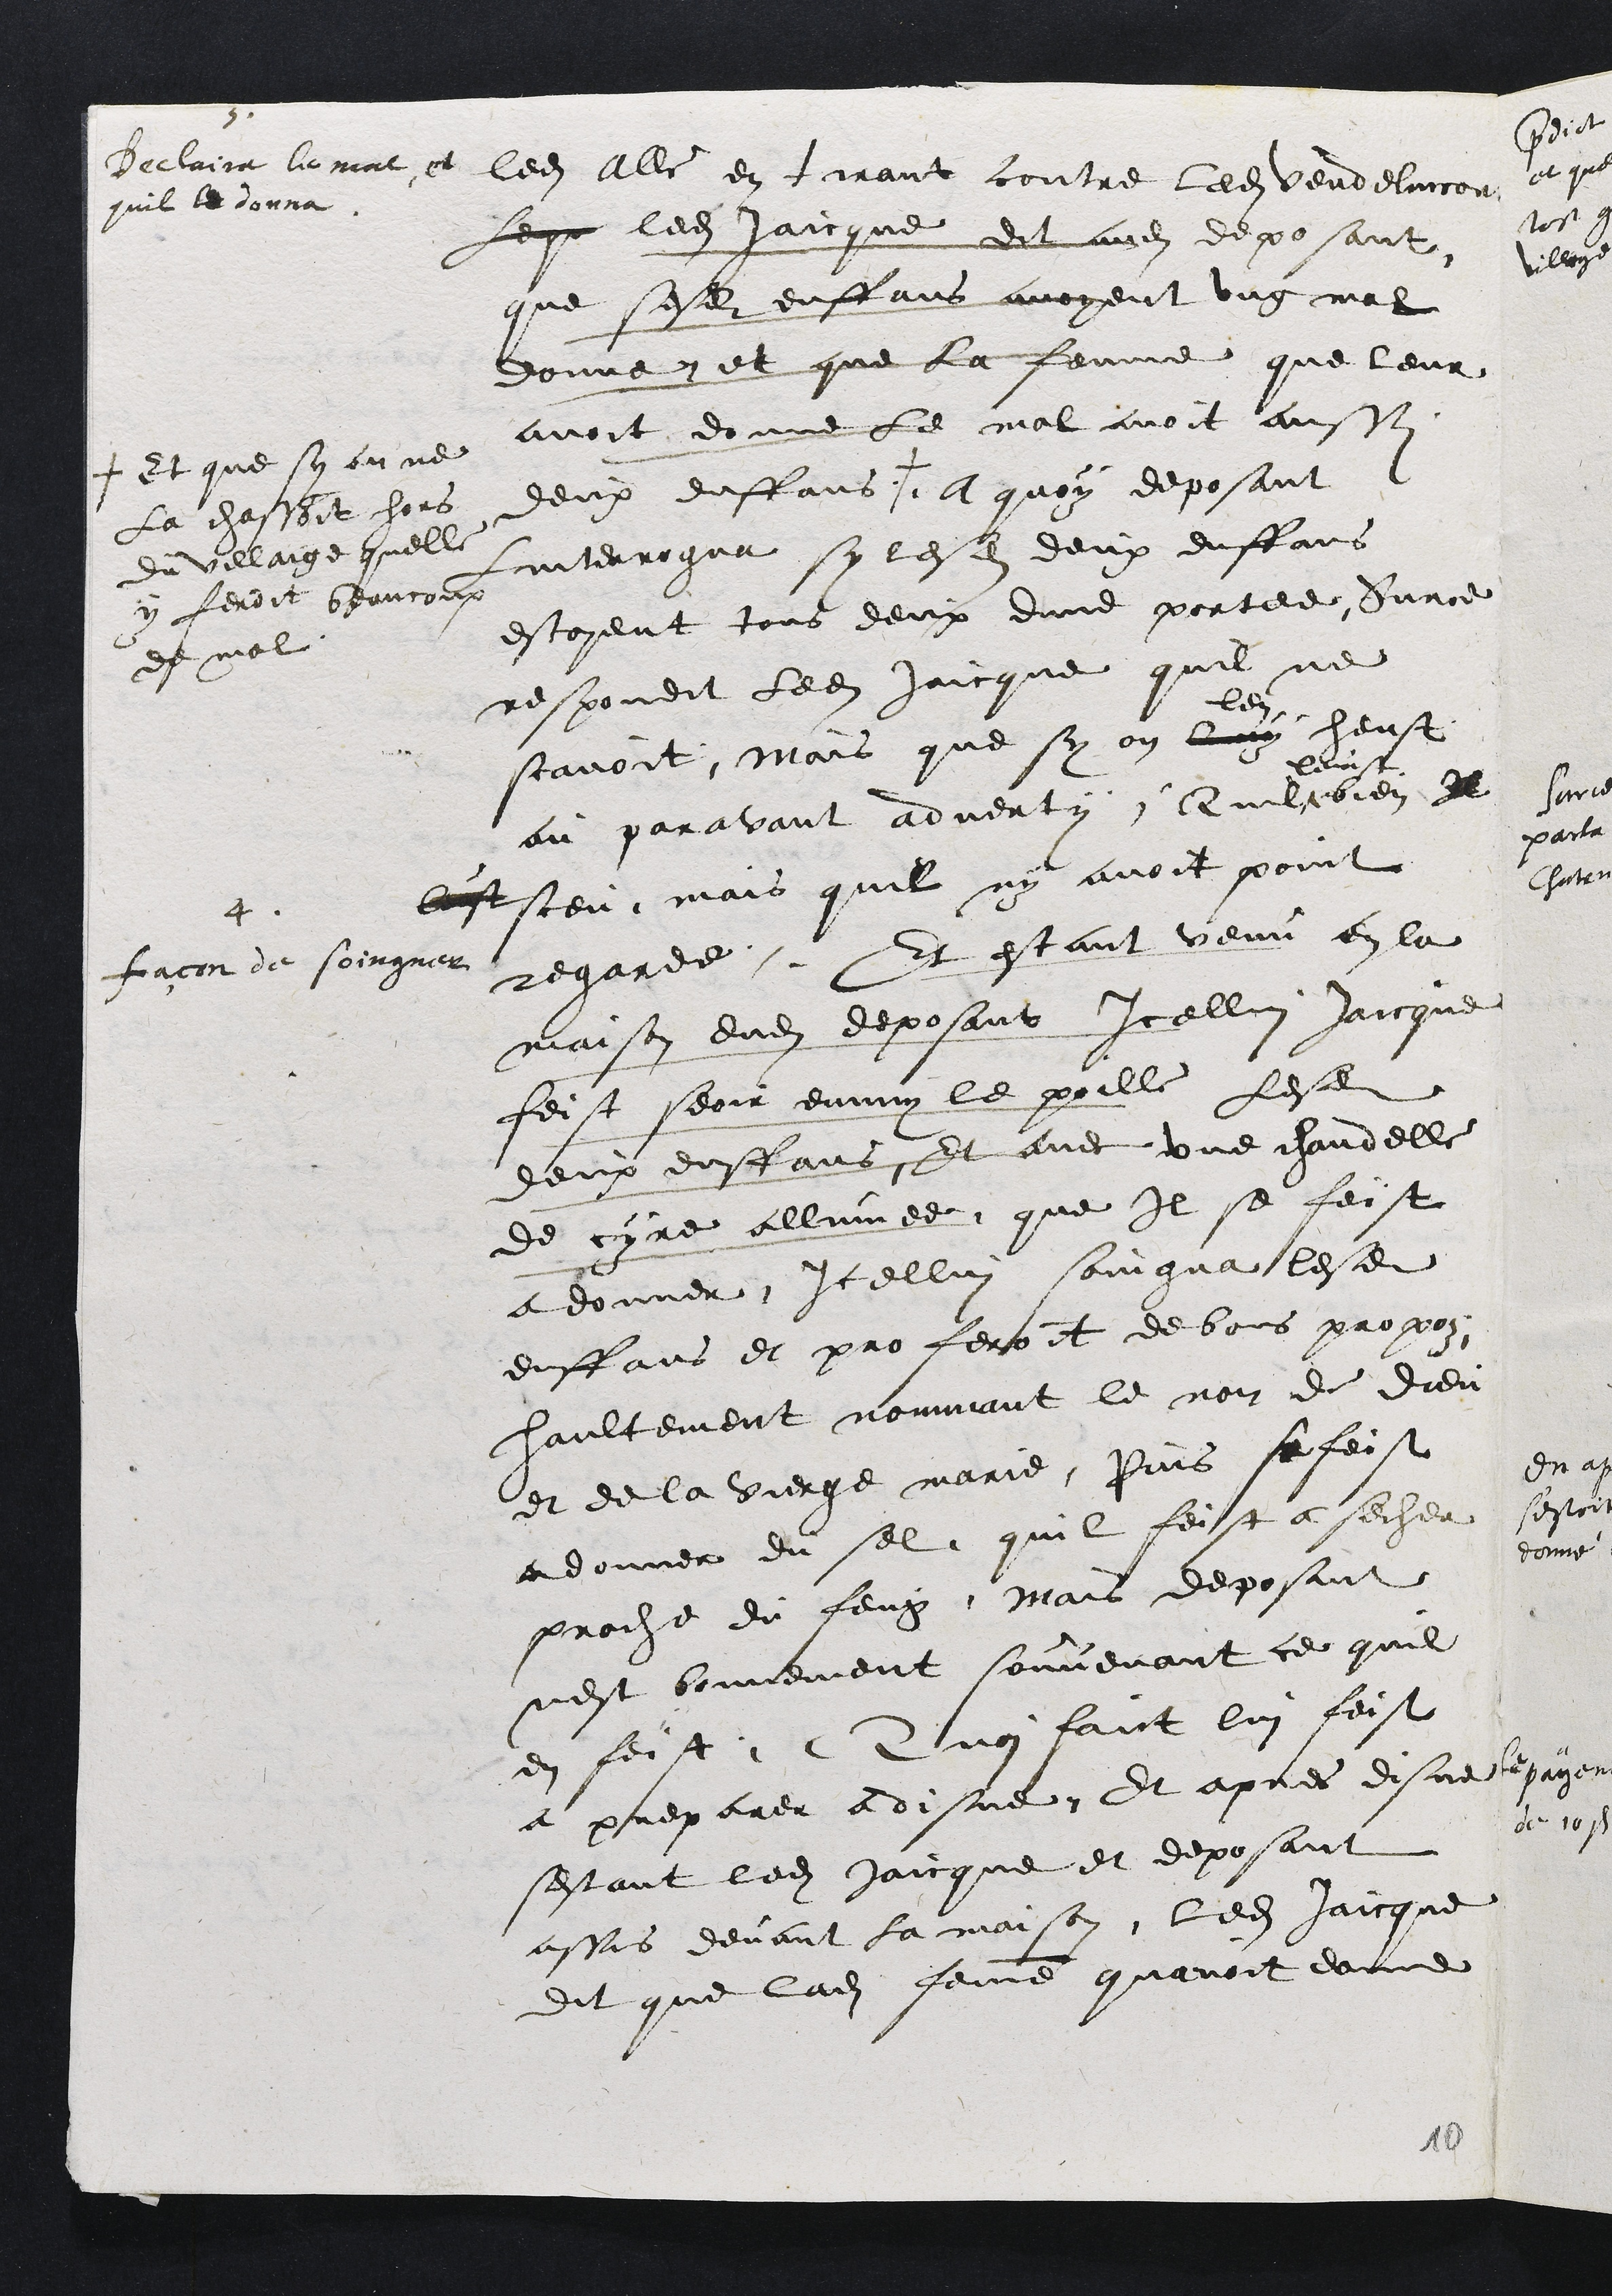
3
Declaira le mal et
quil le donna
ledit alle en tirant contre ledit Vendelincort
Leque ledit Jaicque dit audit deposant
que sesdits enffans avoyent ung mal
donne et que la femme que leur
avoit donne le mal avoit aussy
deux enffans +
+ Et que sy on ne
La chassoit hors
du villaige quelle
y feroit beaucoup
de mal
A quoy deposant
Linterrogua sy lesdits deux enffans
estoyent tous deux dune portee, Surce
respondit ledit Jaicque quil ne
scavoit, Mais que sy on luy
len
heust
au paravant adverty, Quil
leust
bien Il
leust sceu mais quil ny avoit point
regarde
4
façon de soingner
Et estant venu en la
maison dudit deposant Icellui Jaicque
feist seoir emmy le poille lesdits
deux enffans Et avec une chandelle
de cyre allumee que Il se feist
a donner Icellui soingna lesdits
enffans et proferoit de bons propoz
haultement nommant le nom de dieu
et de la vierge marie Puis se feist
a donner du sel quil feist a secher
proche du feug, Mais deposant
nest bonnement souvenant ce quil
en feist. Quoi faict lui feist
a preparer a disne. Et apres disne
sestant ledit Jaicque et deposant
assis devant la maison ledit Jaicque
dit que ladite femme quavoit donne
10